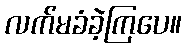
လက်မခံခဲ့ကြပေ။